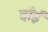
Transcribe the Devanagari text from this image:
दाँईं